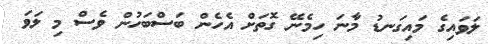
ލަވައިގެ މައިގަނޑު މާނަ ހިމެނޭ ގޮތަށް އެހެން ބަސްބަހުން ވެސް މި ލަވަ